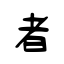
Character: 者